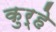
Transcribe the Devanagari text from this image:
कुर्‍हे